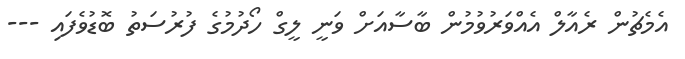
އެމެޗުން ރެއާލް އެއްވަރުވުމުން ބާސާއަށް ވަނީ ލީގް ހޯދުމުގެ ފުރުސަތު ބޮޑުވެފައި ---